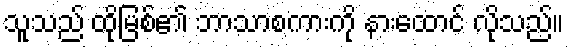
သူသည် ထိုမြစ်၏ ဘာသာစကားကို နားထောင် လိုသည်။